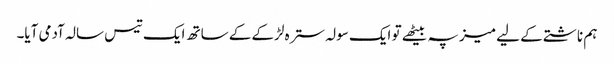
ہم ناشتے کے لیے میز پہ بیٹھے تو ایک سولہ سترہ لڑکے کے ساتھ ایک تیس سالہ آدمی آیا۔